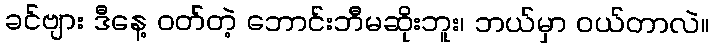
ခင်ဗျား ဒီနေ့ ဝတ်တဲ့ ဘောင်းဘီမဆိုးဘူး၊ ဘယ်မှာ ဝယ်တာလဲ။